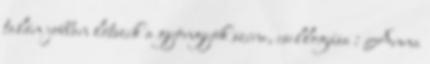
talán jobban látszik a gyöngyök színe, csillogása : Anna